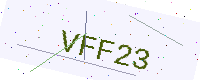
Text: VFF23